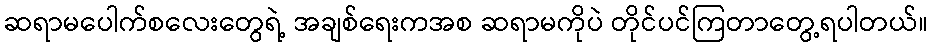
ဆရာမပေါက်စလေးတွေရဲ့ အချစ်ရေးကအစ ဆရာမကိုပဲ တိုင်ပင်ကြတာတွေ့ရပါတယ်။